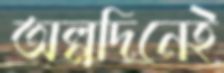
অল্পদিনেই